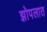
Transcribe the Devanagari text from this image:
झोपलात